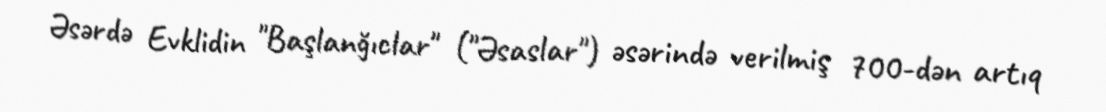
Əsərdə Evklidin "Başlanğıclar" ("Əsaslar") əsərində verilmiş 700-dən artıq